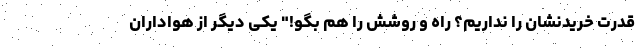
قدرت خریدنشان را نداریم؟ راه و روشش را هم بگو!" یکی دیگر از هواداران